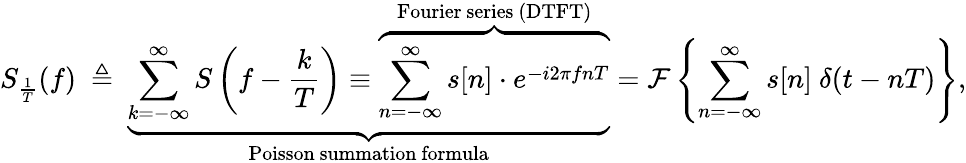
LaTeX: S_{\frac{1}{T}}(f)\ \triangleq\ \underbrace{\sum_{k=-\infty}^{\infty}S\left(f-{\frac{k}{T}}\right)\equiv\overbrace{\sum_{n=-\infty}^{\infty}s[n]\cdot e^{-i2\pi fnT}}^{\mathrm{Fourier~series~(DTFT)}}}_{\mathrm{Poisson~summation~formula}}={\mathcal{F}}\left\{ \sum_{n=-\infty}^{\infty}s[n]\ \delta(t-nT)\right\} ,